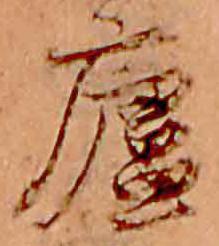
廬